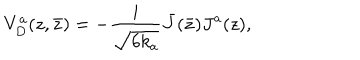
V _ { D } ^ { a } ( z , \bar { z } ) = - { \frac { i } { \sqrt { 6 k _ { a } } } } \bar { J } ( \bar { z } ) J ^ { a } ( z ) ,